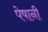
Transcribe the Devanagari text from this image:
पेषानी